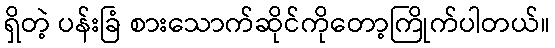
ရှိတဲ့ ပန်းခြံ စားသောက်ဆိုင်ကိုတော့ကြိုက်ပါတယ်။